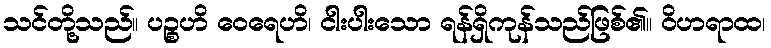
သင်တို့သည်။ ပဉ္စဟိ ဝေရေဟိ၊ ငါးပါးသော ရန်ရှိကုန်သည်ဖြစ်၏။ ဝိဟရာထ၊